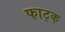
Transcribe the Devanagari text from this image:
फाट्क